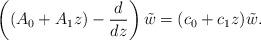
LaTeX: \begin{align*} \left( (A_0 + A_1 z) -\frac{d}{dz} \right) \tilde{w} = (c_0 + c_1 z) \tilde{w}.\end{align*}